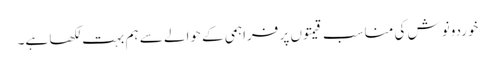
خوردونوش کی مناسب قیمتوں پر فراہمی کے حوالے سے ہم بہت لکھا ہے۔